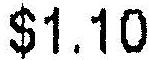
$1.10